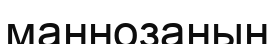
маннозаның